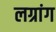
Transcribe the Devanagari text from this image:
लग्रांग